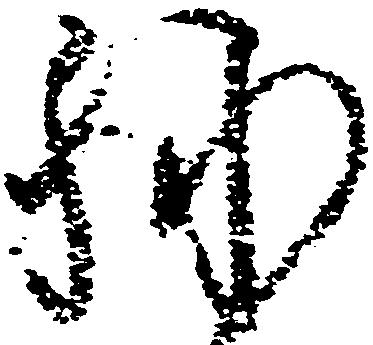
詠